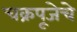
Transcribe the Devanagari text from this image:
चक्रपूजेचे